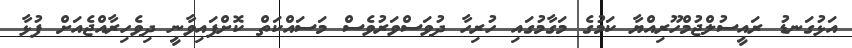
އަޅުގަނޑު ރައީސުލްޖުމްހޫރިއްޔާ ކަމުގެ މަގާމުގައި ހުރިހާ ދުވަސްވަރުވެސް މަސައްކަތް ކޮށްފައިވާނީ ދިވެހިރާއްޖެއަށް ފުޅާ